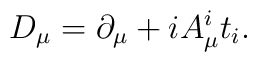
D_{\mu} = \partial_{\mu} + i A_{\mu}^i t_i .